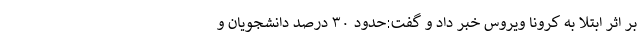
بر اثر ابتلا به کرونا ویروس خبر داد و گفت:حدود ۳۰ درصد دانشجویان و